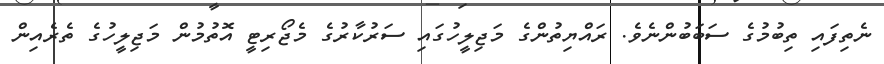
ނެތިފައި ތިބުމުގެ ސަބަބުންނެވެ. ރައްޔިތުންގެ މަޖިލީހުގައި ސަރުކާރުގެ މެޖޯރިޓީ އޮތުމުން މަޖިލީހުގެ ތެރެއިން